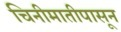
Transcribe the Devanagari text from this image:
चिनीमातीपासून